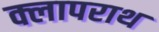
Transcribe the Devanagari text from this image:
क्लापराथ